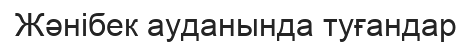
Жәнібек ауданында туғандар